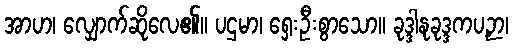
အာဟ၊ လျှောက်ဆိုလေ၏။ ပဌမာ၊ ရှေးဦးစွာသော။ ခုဒ္ဒါနုခုဒ္ဒကပဉှာ၊